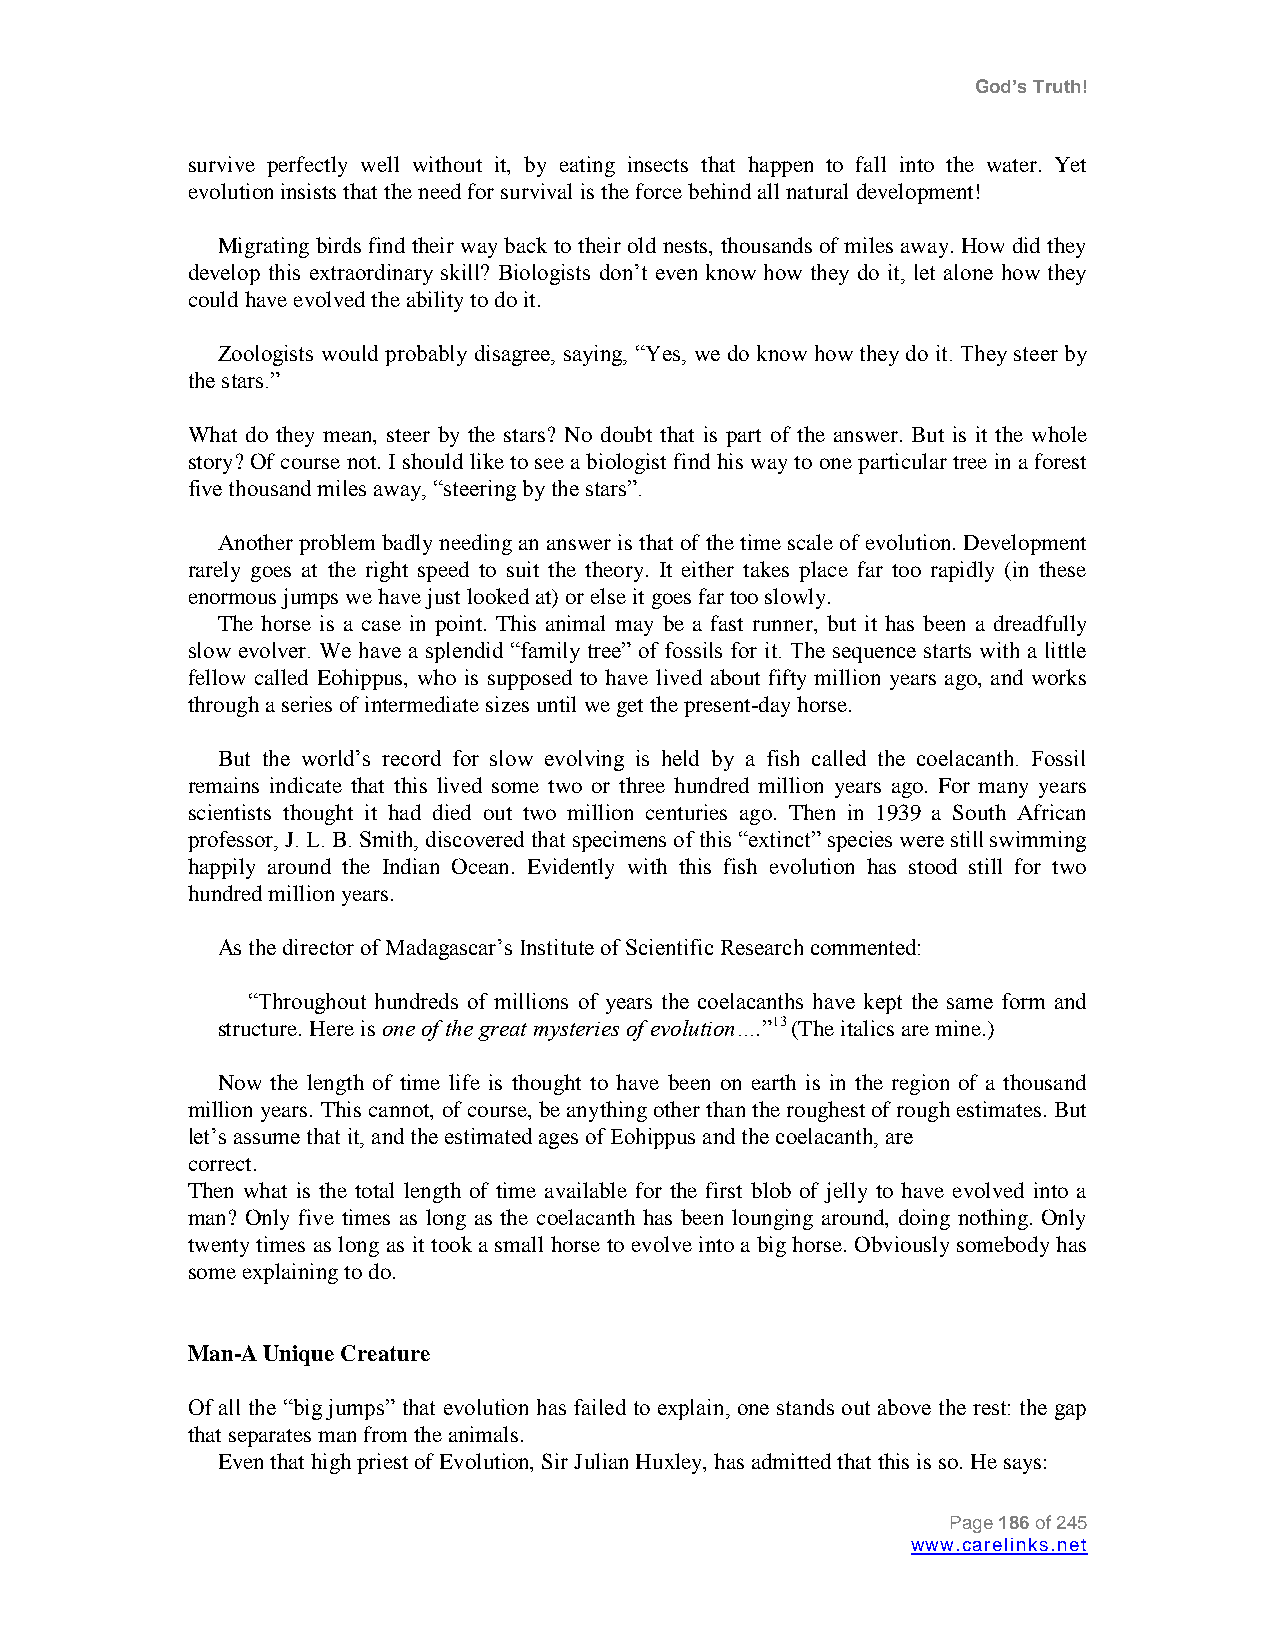
God’s Truth!
 survive perfectly well without it, by eating insects that happen to fall into the water. Yet
 evolution insists that the need for survival is the force behind all natural development!
 Migrating birds find their way back to their old nests, thousands of miles away. How did they
 develop this extraordinary skill? Biologists don‟t even know how they do it, let alone how they
 could have evolved the ability to do it.
 Zoologists would probably disagree, saying, “Yes, we do know how they do it. They steer by
 the stars.”
 What do they mean, steer by the stars? No doubt that is part of the answer. But is it the whole
 story? Of course not. I should like to see a biologist find his way to one particular tree in a forest
 five thousand miles away, “steering by the stars”.
 Another problem badly needing an answer is that of the time scale of evolution. Development
 rarely goes at the right speed to suit the theory. It either takes place far too rapidly (in these
 enormous jumps we have just looked at) or else it goes far too slowly.
 The horse is a case in point. This animal may be a fast runner, but it has been a dreadfully
 slow evolver. We have a splendid “family tree” of fossils for it. The sequence starts with a little
 fellow called Eohippus, who is supposed to have lived about fifty million years ago, and works
 through a series of intermediate sizes until we get the present-day horse.
 But the world‟s record for slow evolving is held by a fish called the coelacanth. Fossil
 remains indicate that this lived some two or three hundred million years ago. For many years
 scientists thought it had died out two million centuries ago. Then in 1939 a South African
 professor, J. L. B. Smith, discovered that specimens of this “extinct” species were still swimming
 happily around the Indian Ocean. Evidently with this fish evolution has stood still for two
 hundred million years.
 As the director of Madagascar‟s Institute of Scientific Research commented:
 “Throughout hundreds of millions of years the coelacanths have kept the same form and
 structure. Here is one of the great mysteries of evolution….”13 (The italics are mine.)
 Now the length of time life is thought to have been on earth is in the region of a thousand
 million years. This cannot, of course, be anything other than the roughest of rough estimates. But
 let‟s assume that it, and the estimated ages of Eohippus and the coelacanth, are
 correct.
 Then what is the total length of time available for the first blob of jelly to have evolved into a
 man? Only five times as long as the coelacanth has been lounging around, doing nothing. Only
 twenty times as long as it took a small horse to evolve into a big horse. Obviously somebody has
 some explaining to do.
 Man-A Unique Creature
 Of all the “big jumps” that evolution has failed to explain, one stands out above the rest: the gap
 that separates man from the animals.
 Even that high priest of Evolution, Sir Julian Huxley, has admitted that this is so. He says:
 Page 186 of 245
 www.carelinks.net